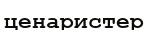
ценаристер